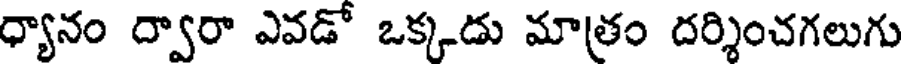
ధ్యానం ద్వారా ఎవడో ఒక్కడు మాత్రం దర్శించగలుగు